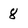
Character: 8